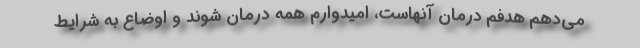
می‌دهم هدفم درمان آنهاست، امیدوارم همه درمان شوند و اوضاع به شرایط